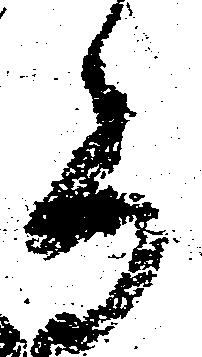
る